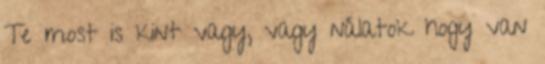
Te most is kint vagy, vagy nálatok hogy van